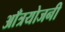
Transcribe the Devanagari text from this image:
आँत्रयोजनी